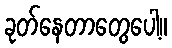
ခုတ်နေတာတွေပေါ့။